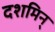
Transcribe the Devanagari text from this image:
दशमिन्‌